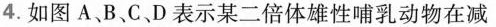
4.如图A、B、C、D表示某二倍体雄性哺乳动物在减